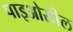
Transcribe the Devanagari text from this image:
पाइओसील